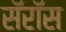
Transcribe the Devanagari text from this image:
सॅरॉस